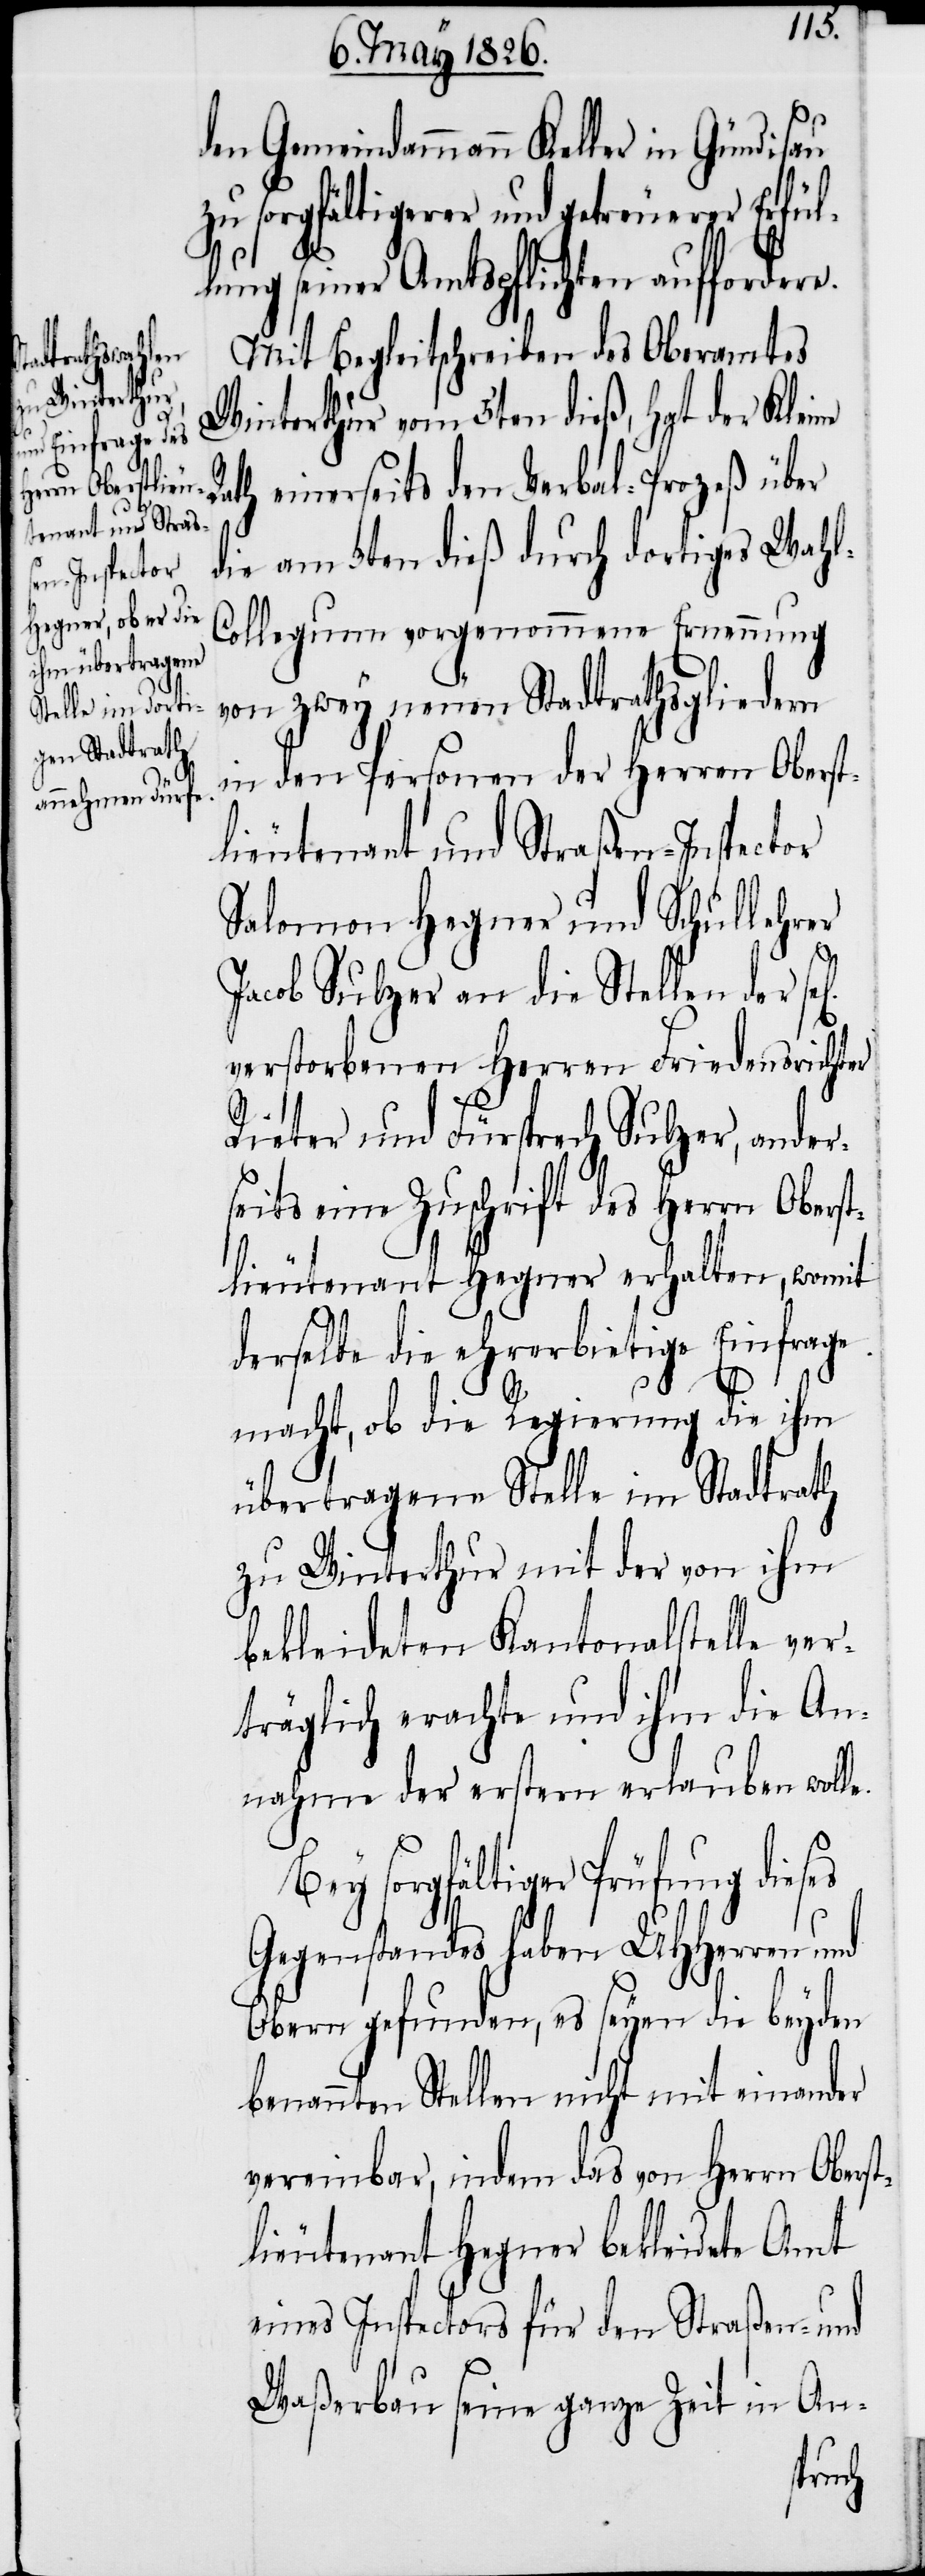
den Gemeindammann Keller in Gündisau
zu sorgfältigerer und getreuerer Erfül¬
lung seiner Amtspflichten auffordere.
Mit Begleitschreiben des Oberamtes
Winterthur vom 5ten dieß, hat der Kleine
Rath einerseits den Verbal-Prozeß über
die am 3ten dieß durch dortiges Wah¬
l-Collegium vorgenommene Erneuerung
von zwey neuen Stadtrathsgliedern
in den Personen der Herren Oberst¬
lieutenant und Straßen-Inspector
Salomon Hegner und Schullehrer
Jacob Sulzer an die Stellen der
verstorbenen Herren Friedensrichter
Rieter und Fürsprech Sulzer, ander¬
seits eine Zuschrift des Herrn Obers¬
tlieutenant Hegner erhalten, womit
derselbe die ehrerbietige Einfrage
macht, ob die Regierung die ihm
übertragene Stelle im Stadtrath
zu Winterthur mit der von ihm
bekleideten Kantonalstelle ver¬
träglich erachte und ihm die An¬
nahme der erstern erlauben wolle.
Bey sorgfältiger Prüfung dieses
Gegenstandes haben UHHerren und
Obern gefunden, es seyen die beyden
benannten Stellen nicht mit einander
vereinbar, indem das von Herrn Oberst¬
lieutenant Hegner bekleidete Amt
eines Inspectors für den Straßen- und
Waßerbau seine ganze Zeit in An-